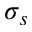
\sigma _ { s }